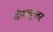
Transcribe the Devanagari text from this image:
मोलकुलर